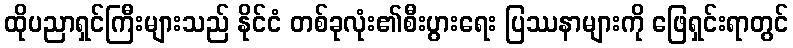
ထိုပညာရှင်ကြီးများသည် နိုင်ငံ တစ်ခုလုံး၏စီးပွားရေး ပြဿနာများကို ဖြေရှင်းရာတွင်